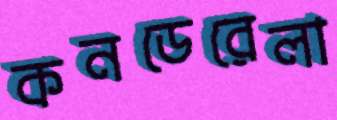
কনডেরেলা